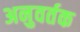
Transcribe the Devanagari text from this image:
अनुवर्तक